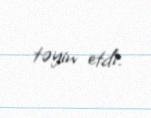
təyin etdi.